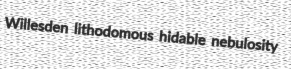
Willesden lithodomous hidable nebulosity